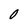
Character: 0